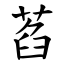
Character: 萏